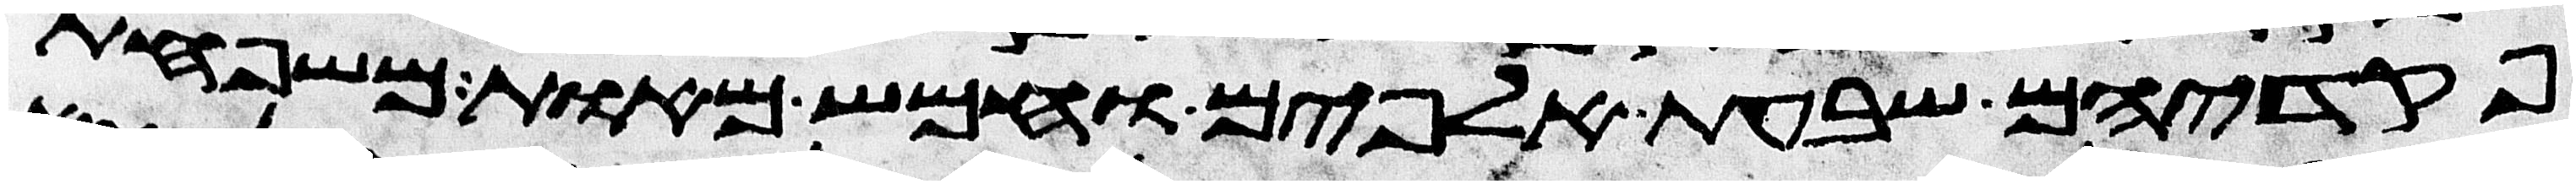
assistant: פקדיהם שבעת אלפים וחמש מאות משפחת